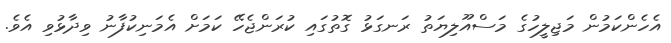
އެހެންކަމުން މަޖިލީހުގެ މަސްއޫލިޔަތު ރަނގަޅު ގޮތުގައި ކުރަންޖެހޭ ކަމަށް އެމަނިކުފާނު ވިދާޅުވި އެވެ.